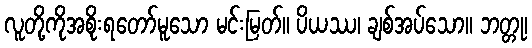
လူတို့ကိုအစိုးရတော်မူသော မင်းမြတ်။ ပိယဿ၊ ချစ်အပ်သော။ ဘတ္တု၊